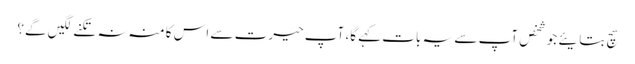
سچ بتایئے جو شخص آپ سے یہ بات کہے گا، آپ حیرت سے اس کا منہ نہ تکنے لگیں گے؟